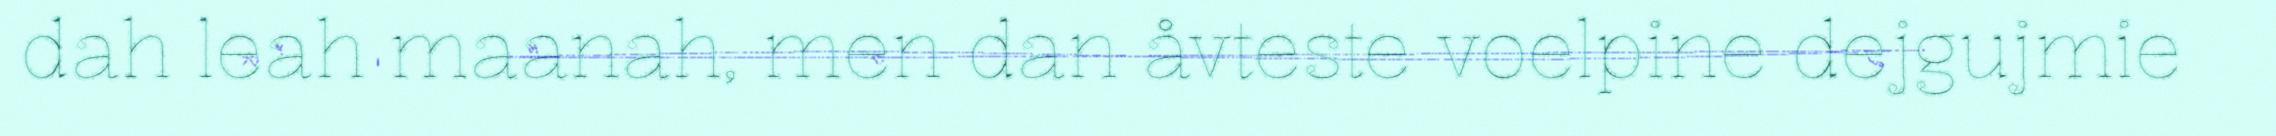
dah leah maanah, men dan åvteste voelpine dejgujmie